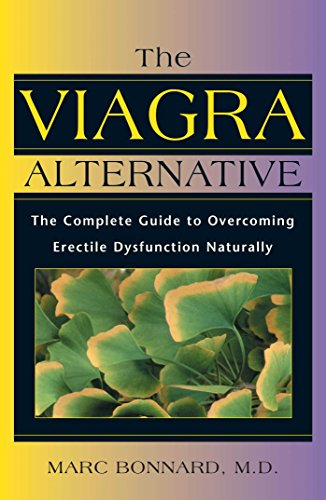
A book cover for The Viagra Alternative: The Complete Guide to Overcoming Erectile Dysfunction Naturally; Marc Bonnard; Health, Fitness & Dieting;